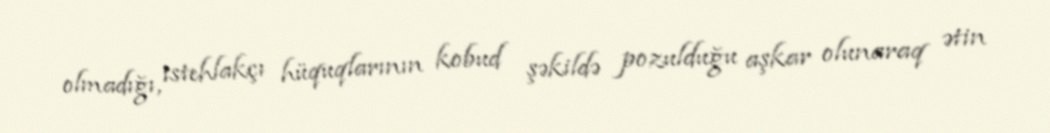
olmadığı, istehlakçı hüquqlarının kobud şəkildə pozulduğu aşkar olunaraq ətin